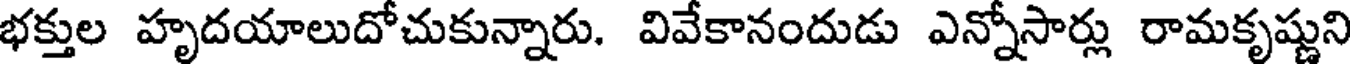
భక్తుల హృదయాలుదోచుకున్నారు. వివేకానందుడు ఎన్నోసార్లు రామకృష్ణుని